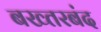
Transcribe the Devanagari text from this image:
बख्‍तरबंद